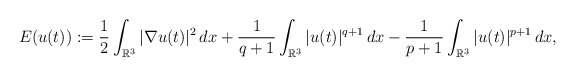
\begin{align*}E(u(t)):=\frac{1}{2}\int_{\mathbb R^3}|\nabla u(t)|^2\,dx+\frac{1}{q+1}\int_{\mathbb R^3}|u(t)|^{q+1}\,dx-\frac{1}{p+1}\int_{\mathbb R^3}|u(t)|^{p+1}\,dx,\end{align*}